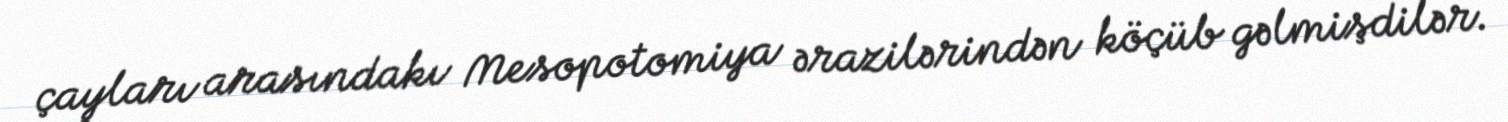
çayları arasındakı Mesopotomiya ərazilərindən köçüb gəlmişdilər.